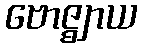
ဗောဇ္ဈာယ